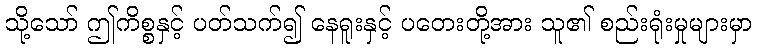
သို့သော် ဤကိစ္စနှင့် ပတ်သက်၍ နေရူးနှင့် ပတေးတို့အား သူ၏ စည်းရုံးမှုများမှာ